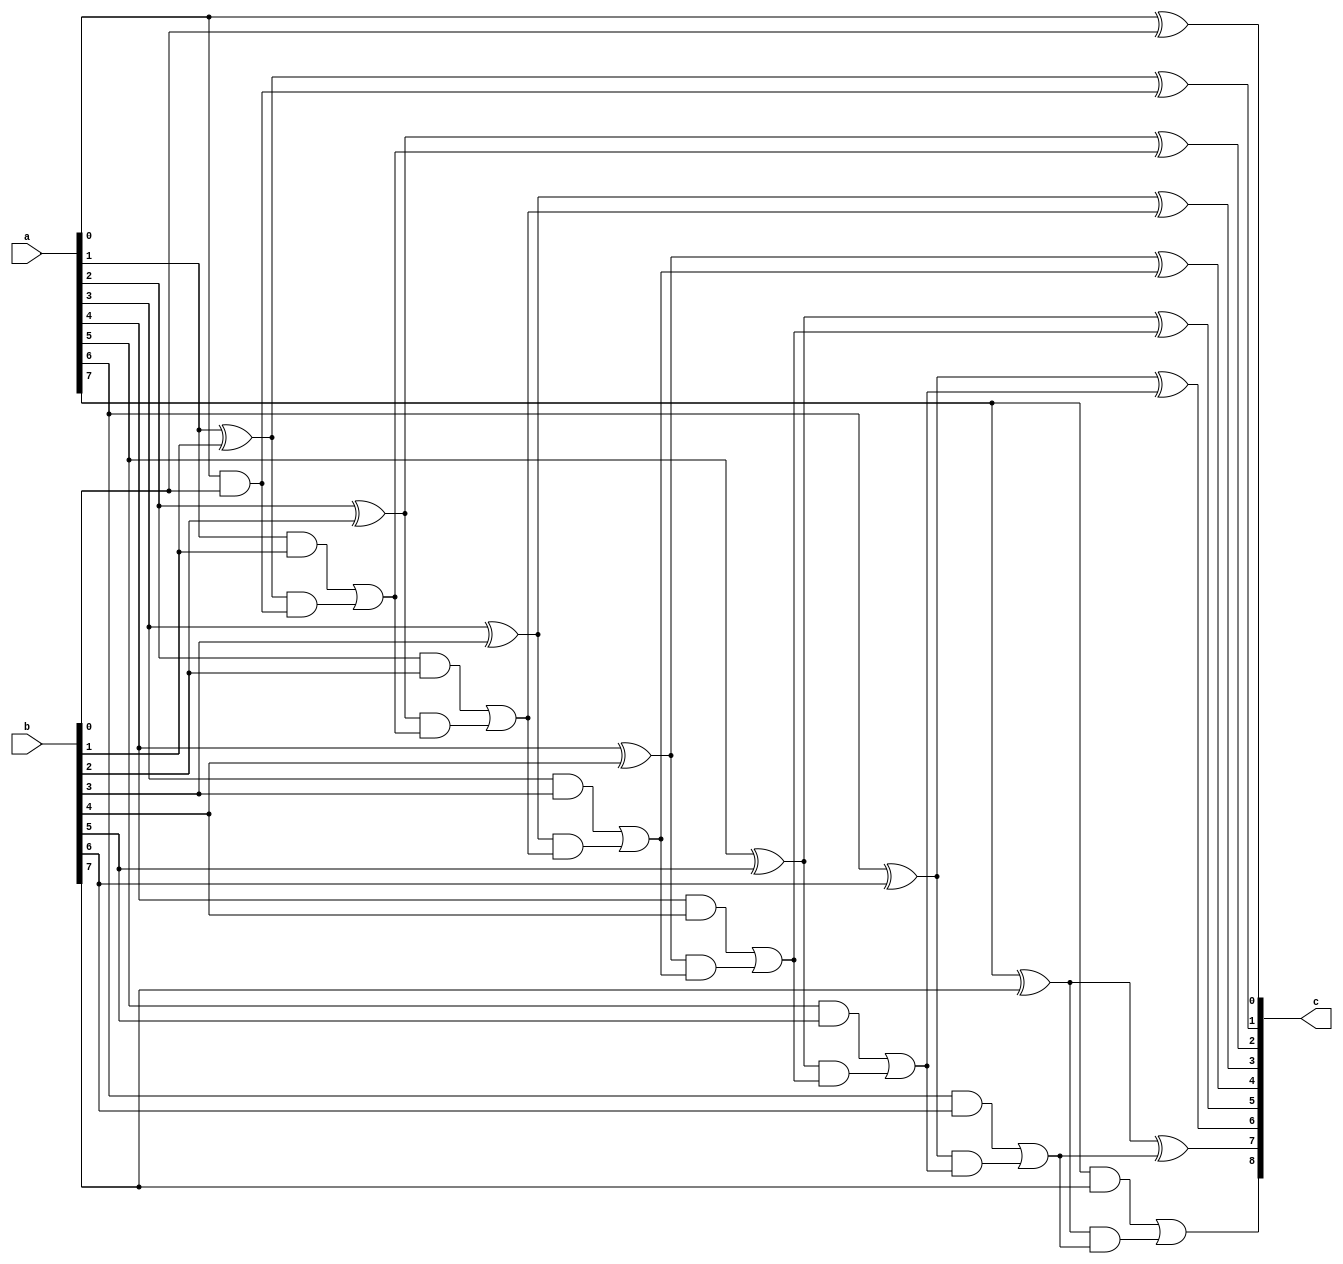
`ifndef R_POS_ADD_
`define R_POS_ADD_

// addition of two positive integers 
//
// Parameters: 
//  N_BITS_L: number of bits for the left input
//  N_BITS_R: number of bits for the right input
// 
// Constraint:
//  Need N_BITS_R <= N_BITS_L
// 
// Arguments:
//  a: left input (size N_BITS_L)
//  b: right input (size N_BITS_R)
//  c: output (size N_BITS_L+1)
module pos_add (a, b, c);
    
    parameter N_BITS_L = 8, // number of bits for the left input
              N_BITS_R = 8; // number of bits for the right input

    input [N_BITS_L-1:0] a; // left input
    input [N_BITS_R-1:0] b; // right input
    output [N_BITS_L:0] c;  // output
    
    genvar i;
    generate 

        // arrays for intermediate calculations
        wire a_and_b [N_BITS_R:1],       // product of the current bits
             sum [N_BITS_R:1];           // sum of the current bits
       
        // define the carry wires
        for (i = 0; i < N_BITS_L; i = i+1) begin : loop_1
            wire carry;
        end

        for (i = 0; i <= N_BITS_L; i = i+1) begin
            
            // compute the lowest bit and carry
            if (i == 0) begin
                xor (c[i], a[i], b[i]);
                and (loop_1[i].carry, a[i], b[i]);
            end
            
            // compute the N_BITS_R-1 next bits and carries
            else if (i < N_BITS_R) begin 
                wire sum_and_carry;
                xor (sum[i], a[i], b[i]);                        // sum of the ith bits of a and b
                and (a_and_b[i], a[i], b[i]);                    // product of the ith bits of a and b 
                and (sum_and_carry, sum[i], loop_1[i-1].carry);  // product of the sum and previous carry
                xor (c[i], sum[i], loop_1[i-1].carry);           // set the ith bit of the result
                or (loop_1[i].carry, a_and_b[i], sum_and_carry); // set the next carry
            end
            
            // compute the N_BITS_L-N_BITS_R next bits
            else if (i < N_BITS_L) begin
                xor (c[i], a[i], loop_1[i-1].carry);  // set the ith bit of the result
                and (loop_1[i].carry, a[i], loop_1[i-1].carry); // set the next carry
            end
            
            // set the highest bit of the result to the highest carry
            else 
                assign c[i] = loop_1[i-1].carry;
        end
    endgenerate

endmodule

`endif